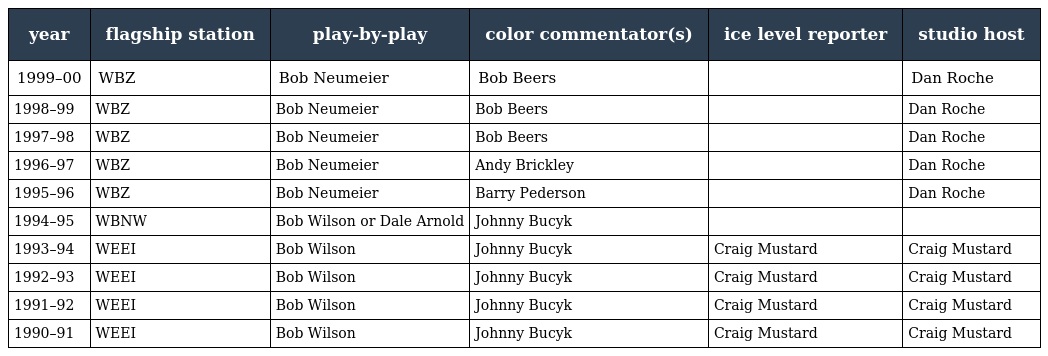
| year | flagship station | play-by-play | color commentator(s) | ice level reporter | studio host |
 | --- | --- | --- | --- | --- | --- |
 | 1999–00 | WBZ | Bob Neumeier | Bob Beers |  | Dan Roche |
 | 1998–99 | WBZ | Bob Neumeier | Bob Beers |  | Dan Roche |
 | 1997–98 | WBZ | Bob Neumeier | Bob Beers |  | Dan Roche |
 | 1996–97 | WBZ | Bob Neumeier | Andy Brickley |  | Dan Roche |
 | 1995–96 | WBZ | Bob Neumeier | Barry Pederson |  | Dan Roche |
 | 1994–95 | WBNW | Bob Wilson or Dale Arnold | Johnny Bucyk |  |  |
 | 1993–94 | WEEI | Bob Wilson | Johnny Bucyk | Craig Mustard | Craig Mustard |
 | 1992–93 | WEEI | Bob Wilson | Johnny Bucyk | Craig Mustard | Craig Mustard |
 | 1991–92 | WEEI | Bob Wilson | Johnny Bucyk | Craig Mustard | Craig Mustard |
 | 1990–91 | WEEI | Bob Wilson | Johnny Bucyk | Craig Mustard | Craig Mustard |